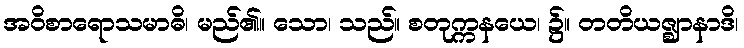
အဝိစာရောသမာဓိ၊ မည်၏။ သော၊ သည်။ စတုက္ကနယေ၊ ၌။ တတိယဇ္ဈာနာဒိ၊